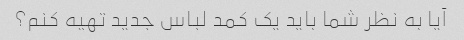
آیا به نظر شما باید یک کمد لباس جدید تهیه کنم؟